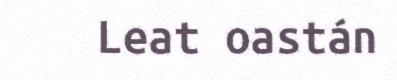
Leat oastán